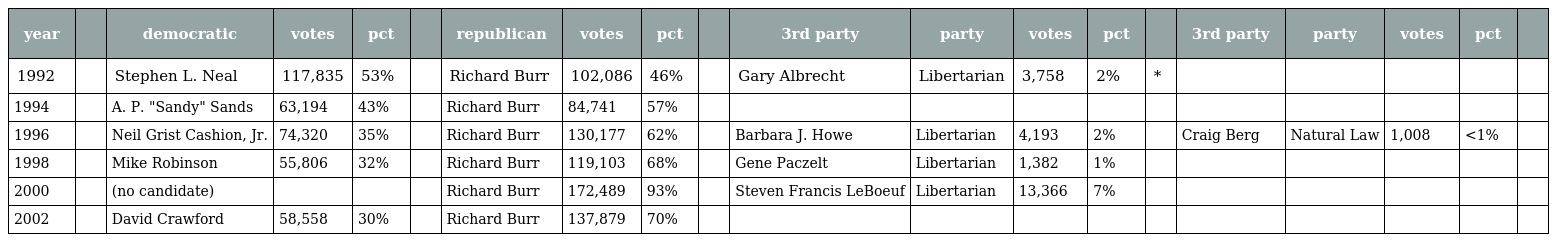
| year |  | democratic | votes | pct |  | republican | votes | pct |  | 3rd party | party | votes | pct |  | 3rd party | party | votes | pct |  |
 | --- | --- | --- | --- | --- | --- | --- | --- | --- | --- | --- | --- | --- | --- | --- | --- | --- | --- | --- | --- |
 | 1992 |  | Stephen L. Neal | 117,835 | 53% |  | Richard Burr | 102,086 | 46% |  | Gary Albrecht | Libertarian | 3,758 | 2% | * |  |  |  |  |  |
 | 1994 |  | A. P. "Sandy" Sands | 63,194 | 43% |  | Richard Burr | 84,741 | 57% |  |  |  |  |  |  |  |  |  |  |  |
 | 1996 |  | Neil Grist Cashion, Jr. | 74,320 | 35% |  | Richard Burr | 130,177 | 62% |  | Barbara J. Howe | Libertarian | 4,193 | 2% |  | Craig Berg | Natural Law | 1,008 | <1% |  |
 | 1998 |  | Mike Robinson | 55,806 | 32% |  | Richard Burr | 119,103 | 68% |  | Gene Paczelt | Libertarian | 1,382 | 1% |  |  |  |  |  |  |
 | 2000 |  | (no candidate) |  |  |  | Richard Burr | 172,489 | 93% |  | Steven Francis LeBoeuf | Libertarian | 13,366 | 7% |  |  |  |  |  |  |
 | 2002 |  | David Crawford | 58,558 | 30% |  | Richard Burr | 137,879 | 70% |  |  |  |  |  |  |  |  |  |  |  |